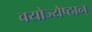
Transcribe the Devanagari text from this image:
वयोज्येष्ठान्‌